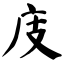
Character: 庋